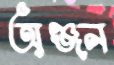
অঞ্জন